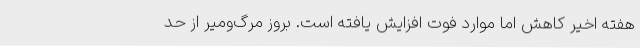
هفته اخیر کاهش اما موارد فوت افزایش یافته است. بروز مرگ‌ومیر از حد